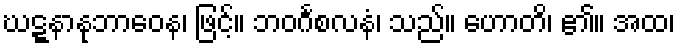
ဃဋ္ဋနာနုဘာဝေန၊ ဖြင့်။ ဘဝင်္ဂစလနံ၊ သည်။ ဟောတိ၊ ၏။ အထ၊